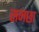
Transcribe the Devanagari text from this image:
समछा